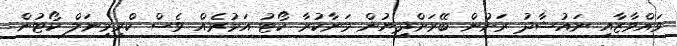
ވައްވާޒާއި ނައުޝާދު ރަށުން ބޭރަށްދިޔުން މަނާކުރާ ކޯޓު އަމުރެއް ވެސް ކްރިމިނަލް ކޯޓުން